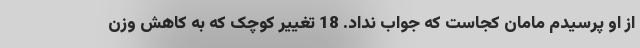
از او پرسیدم مامان کجاست که جواب نداد. 18 تغییر کوچک که به کاهش وزن